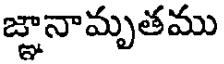
జ్ఞానామృతము